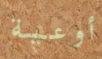
أوعية